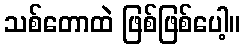
သစ်တောထဲ ဖြစ်ဖြစ်ပေါ့။